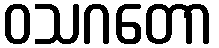
ဝသဂတော